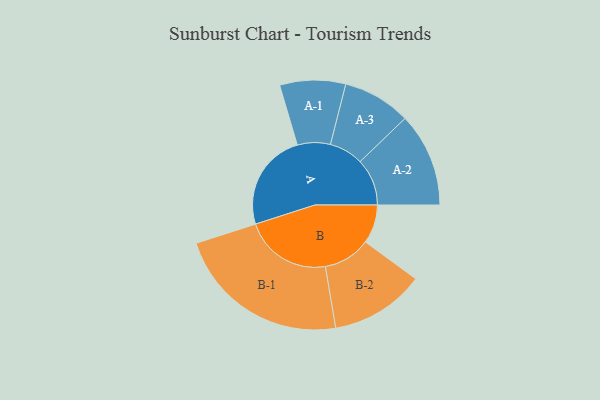
{"axis": {"x": "Segment", "y": "Value"}, "legend": ["", "A", "B"], "data": [{"x": "A", "y": 333, "type": ""}, {"x": "B", "y": 132, "type": ""}, {"x": "A-1", "y": 112, "type": "A"}, {"x": "A-2", "y": 160, "type": "A"}, {"x": "A-3", "y": 116, "type": "A"}, {"x": "B-1", "y": 298, "type": "B"}, {"x": "B-2", "y": 161, "type": "B"}]}